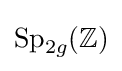
\mathrm {Sp} _{2g}(\mathbb {Z} )